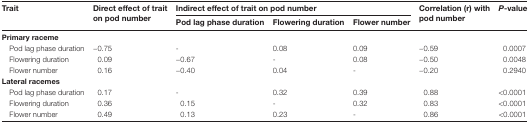
<table><thead><tr><td rowspan="2"><b>Trait</b></td><td rowspan="2"><b>Direct effect of trait on pod number</b></td><td colspan="3"><b>Indirect effect of trait on pod number</b></td><td rowspan="2"><b>Correlation (r) with pod number</b></td><td rowspan="2"><b><i>P</i>-value</b></td></tr><tr><td><b>Pod lag phase duration</b></td><td><b>Flowering duration</b></td><td><b>Flower number</b></td></tr></thead><tbody><tr><td colspan="7"><b>Primary raceme</b></td></tr><tr><td> Pod lag phase duration</td><td>−0.75</td><td>-</td><td>0.08</td><td>0.09</td><td>−0.59</td><td>0.0007</td></tr><tr><td> Flowering duration</td><td>0.09</td><td>−0.67</td><td>-</td><td>0.08</td><td>−0.50</td><td>0.0048</td></tr><tr><td> Flower number</td><td>0.16</td><td>−0.40</td><td>0.04</td><td>-</td><td>−0.20</td><td>0.2940</td></tr><tr><td colspan="7"><b>Lateral racemes</b></td></tr><tr><td> Pod lag phase duration</td><td>0.17</td><td>-</td><td>0.32</td><td>0.39</td><td>0.88</td><td>&lt;0.0001</td></tr><tr><td> Flowering duration</td><td>0.36</td><td>0.15</td><td>-</td><td>0.32</td><td>0.83</td><td>&lt;0.0001</td></tr><tr><td> Flower number</td><td>0.49</td><td>0.13</td><td>0.23</td><td>-</td><td>0.86</td><td>&lt;0.0001</td></tr></tbody></table>